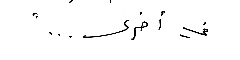
في أخرى... "